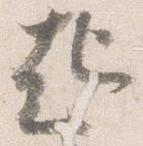
起